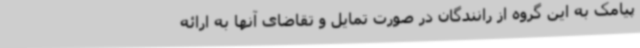
پیامک به این گروه از رانندگان در صورت تمایل و تقاضای آنها به ارائه